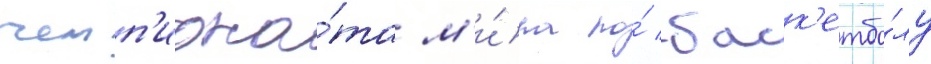
чемп'иона́та м'и́ра по́ баск'етбо́лу